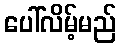
ပေါ်လိမ့်မည်